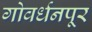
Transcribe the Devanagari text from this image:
गोवर्धनपूर